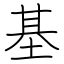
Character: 基